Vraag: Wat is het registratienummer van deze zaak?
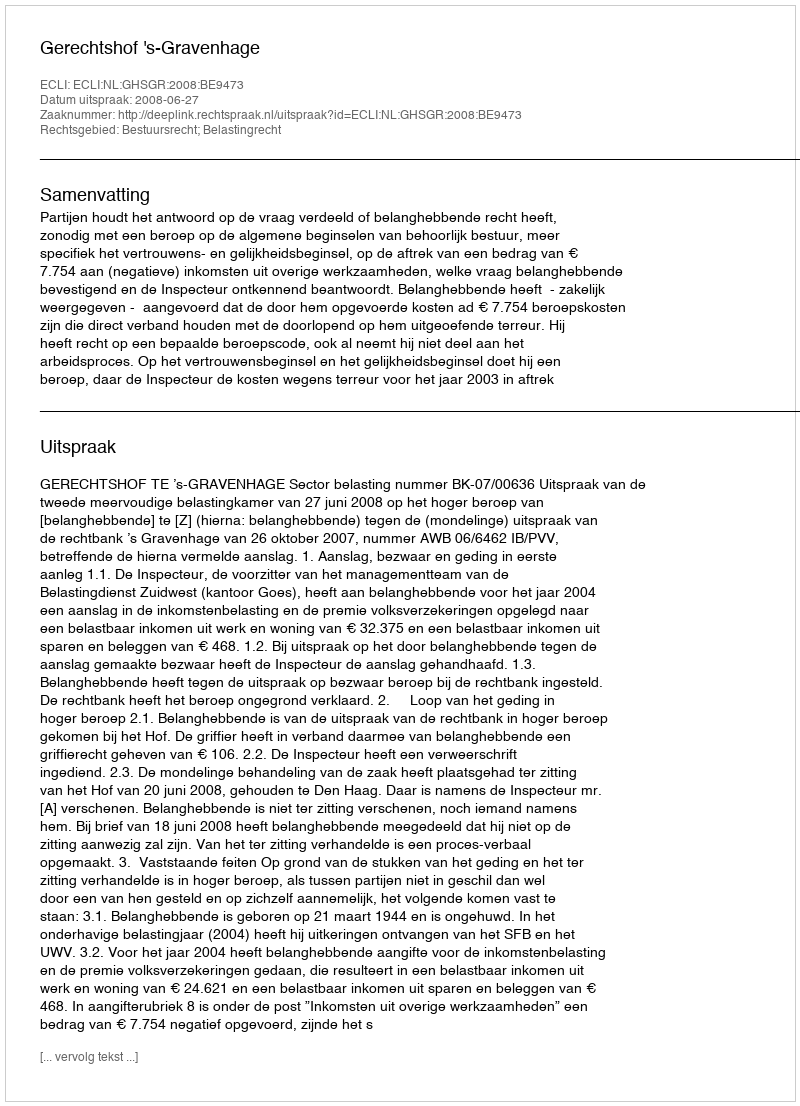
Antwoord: http://deeplink.rechtspraak.nl/uitspraak?id=ECLI:NL:GHSGR:2008:BE9473